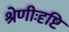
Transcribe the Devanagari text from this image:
श्रेणीःदृष्टि